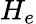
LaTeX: H_{e}